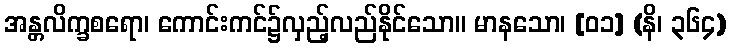
အန္တလိက္ခစရော၊ ကောင်းကင်၌လှည့်လည်နိုင်သော။ မာနသော၊ [၀၁] (နိ၊ ၃၆၄)